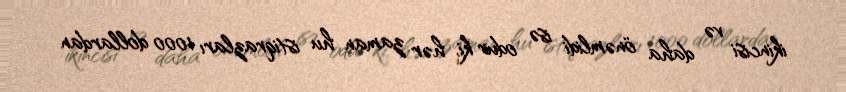
ikincisi və daha önəmlidi isə odur ki, hər zaman hu istiqrazları 1000 dollardan